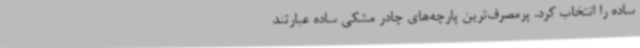
ساده را انتخاب کرد. پرمصرف‌ترین پارچه‌های چادر‌ مشکی ساده عبارتند